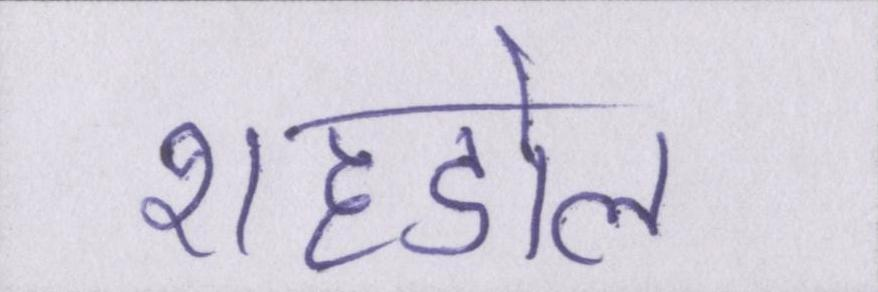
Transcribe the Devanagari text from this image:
शहडोल